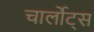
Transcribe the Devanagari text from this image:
चार्लोट्स